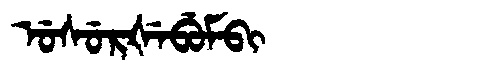
Manchu: ᡠᠰᡠᡵᡧᡝᠪᡠᠮᠪᡳ
Romanization: USURŠEBUMBI